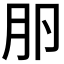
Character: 𰆎